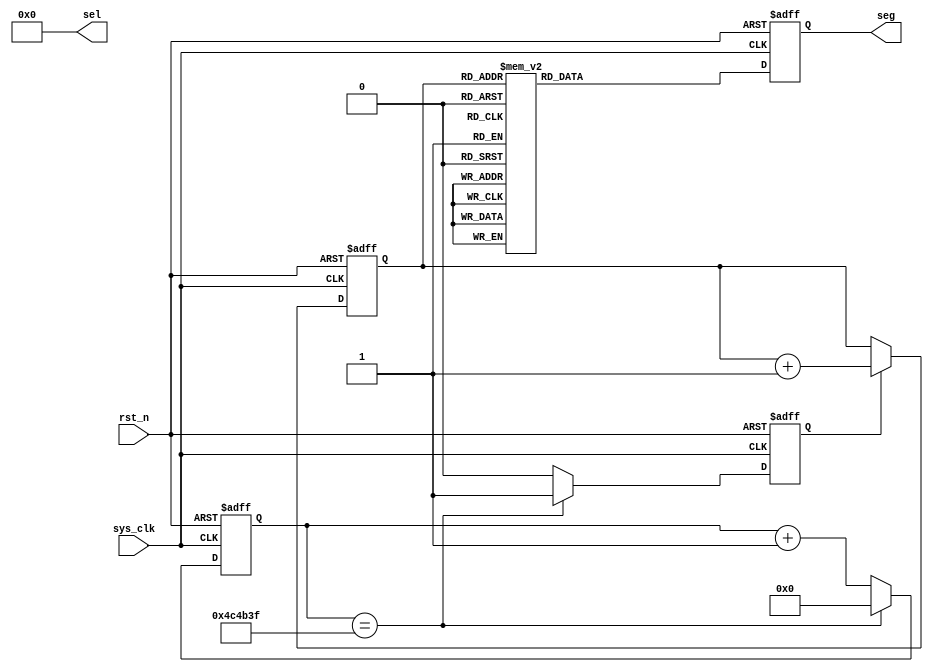
module Seg_LED 
(
    input wire sys_clk, 
    input wire rst_n,       // 
    output wire [5:0] sel,  //s           
    output reg [7:0] seg    //LED           
);  

    parameter   cnt_max = 25'd4_999_999;   //0.1s
    //
    parameter   SEG_0 = 8'b1100_0000,   SEG_1 = 8'b1111_1001,
                SEG_2 = 8'b1010_0100,   SEG_3 = 8'b1011_0000,
                SEG_4 = 8'b1001_1001,   SEG_5 = 8'b1001_0010,
                SEG_6 = 8'b1000_0010,   SEG_7 = 8'b1111_1000,
                SEG_8 = 8'b1000_0000,   SEG_9 = 8'b1001_0000,
                SEG_A = 8'b1000_1000,   SEG_B = 8'b1000_0011,
                SEG_C = 8'b1100_0110,   SEG_D = 8'b1010_0001,
                SEG_E = 8'b1000_0110,   SEG_F = 8'b1000_1110;
    //
    parameter   IDLE  = 8'b1111_1111;
    
    reg [24:0] cnt_val;     //
    reg  cnt_flag;          //
    reg [3:0] display_val;  //
    
    
    always @(posedge sys_clk, negedge rst_n) begin
        if(rst_n == 1'b0) begin
            cnt_val <= 25'd0;
            cnt_flag <= 1'd0;
        end
        else if(cnt_val == cnt_max) begin
            cnt_val <= 25'd0;
            cnt_flag <= 1'd1;
        end
        else begin
            cnt_val <= cnt_val + 25'd1;
            cnt_flag <= 1'd0;
        end
    end
    
    
    always @(posedge sys_clk, negedge rst_n) begin
        if(rst_n == 1'b0) 
            display_val <= 4'd0;
        else if(cnt_flag == 1'b1) 
            display_val <= display_val + 4'd1;
        else
            display_val <= display_val;
    end
    
    
    always @(posedge sys_clk, negedge rst_n) begin
        if(rst_n == 1'b0) 
            seg <= SEG_0;
        else
            case(display_val) 
                4'h0:   seg <= SEG_0;
                4'h1:   seg <= SEG_1;
                4'h2:   seg <= SEG_2;
                4'h3:   seg <= SEG_3;
                4'h4:   seg <= SEG_4;
                4'h5:   seg <= SEG_5;
                4'h6:   seg <= SEG_6;
                4'h7:   seg <= SEG_7;
                4'h8:   seg <= SEG_8;
                4'h9:   seg <= SEG_9;
                4'ha:   seg <= SEG_A;
                4'hb:   seg <= SEG_B;
                4'hc:   seg <= SEG_C;
                4'hd:   seg <= SEG_D;
                4'he:   seg <= SEG_E;
                4'hf:   seg <= SEG_F;
                default:seg <= IDLE;
            endcase
    end
    
    assign sel = 6'b000000;
endmodule